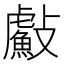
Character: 𭤐